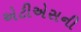
એટીએસની